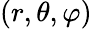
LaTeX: (r,\theta,\varphi)